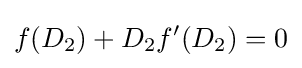
f(D_{2})+D_{2}f'(D_{2})=0